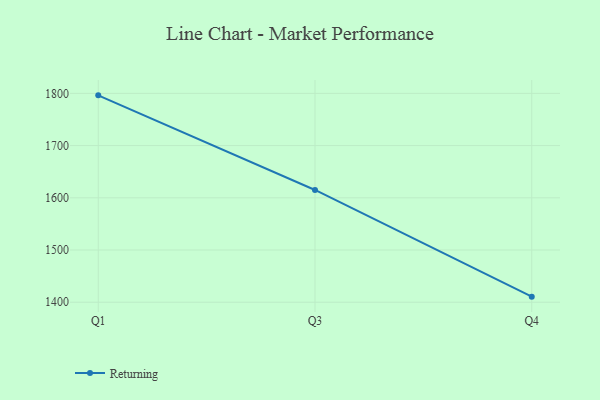
{"axis": {"x": "Quarter", "y": "Demand Index"}, "legend": ["Returning"], "data": [{"x": "Q1", "y": 1796.2, "type": "Returning"}, {"x": "Q3", "y": 1615.0, "type": "Returning"}, {"x": "Q4", "y": 1410.7, "type": "Returning"}]}